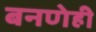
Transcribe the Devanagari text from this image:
बनणेही